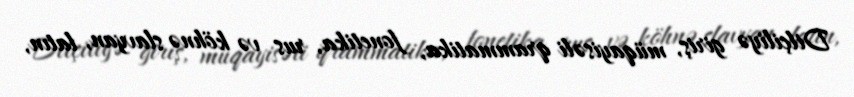
Dilçiliyə giriş, müqayisəli qrammatika, fonetika, rus və köhnə slavyan, latın,